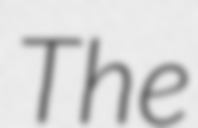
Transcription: The